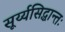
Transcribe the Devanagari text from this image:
सूर्य्यसिद्धान्तः